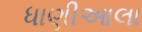
ધાણીઆલા